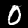
Digit: 0